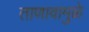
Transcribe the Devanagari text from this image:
ताणावामुळे